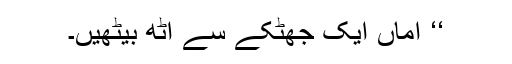
‘‘ اماں ایک جھٹکے سے اٹھ بیٹھیں۔